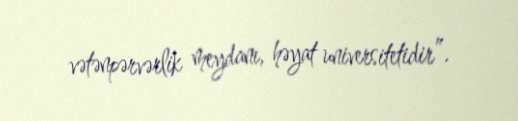
vətənpərvərlik meydanı, həyat universitetidir”.